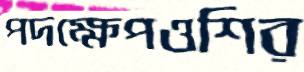
পদক্ষেপওশির